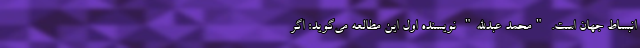
انبساط جهان است. "محمد عبدالله" نویسنده اول این مطالعه می‌گوید: اگر